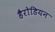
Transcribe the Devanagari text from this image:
हैरोडियन